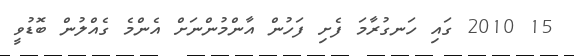
15 2010 ގައި ހަނގުރާމަ ފެށި ފަހުން އާންމުންނަށް އެންމެ ގެއްލުން ބޮޑުވީ